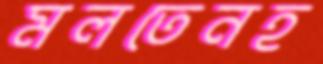
মলতেনহ